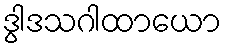
ဒွါဒသဂါထာယော